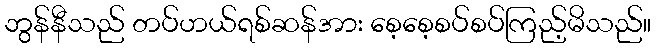
ဘွန်နီသည် တပ်ဟယ်ရစ်ဆန်အား စေ့စေ့စပ်စပ်ကြည့်မိသည်။